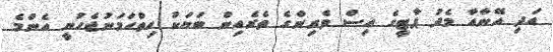
އަދި އޭނާއާ މެދު ޕާޓީގެ އިސް ވެރިންގެ ތެރެއިން ބަޔަކު ހިތްހަމަނުޖެހުނީ އެންމެ